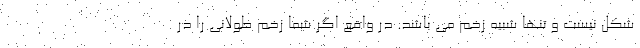
شکل نیست و تنها شبیه زخم می باشد. در واقع اگر شما زخم طولانی را در